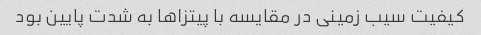
کیفیت سیب زمینی در مقایسه با پیتزا‌ها به شدت پایین بود